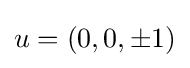
u=(0,0,\pm 1)